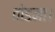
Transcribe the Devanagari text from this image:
तोडना।